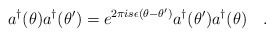
\begin{align*}a^{\dagger }(\theta )a^{\dagger }(\theta ^{\prime })=e^{2\pi is\epsilon(\theta -\theta ^{\prime })}a^{\dagger }(\theta ^{\prime })a^{\dagger}(\theta )\quad . \end{align*}